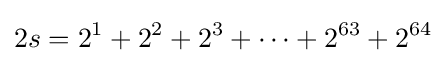
2s=2^{1}+2^{2}+2^{3}+\cdots +2^{63}+2^{64}